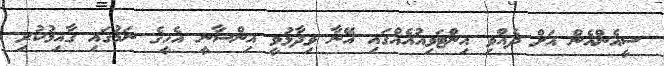
ސީއެންއެން އަށް ދެއްވި އިންޓަވިއުއެއްގައި އޭނާ ވިދާޅުވީ އިންސާނީ އެހީގެ ނަމުގައި ގާއިމުކުރި